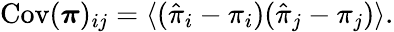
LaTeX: \begin{array}{r}{\mathrm{Cov}({\boldsymbol\pi})_{ij}=\langle(\hat{\pi}_{i}-\pi_{i})(\hat{\pi}_{j}-\pi_{j})\rangle.}\end{array}